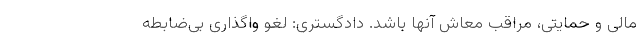
مالی و حمایتی، مراقب معاش آنها باشد. دادگستری: لغو واگذاری بی‌ضابطه